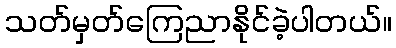
သတ်မှတ်ကြေညာနိုင်ခဲ့ပါတယ်။